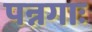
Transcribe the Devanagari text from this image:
पन्नगाः